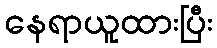
နေရာယူထားပြီး